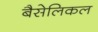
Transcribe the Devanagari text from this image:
बैसेलिकल